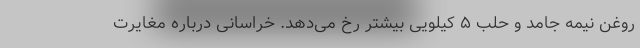
روغن نیمه جامد و حلب ۵ کیلویی بیشتر رخ می‌دهد. خراسانی درباره مغایرت